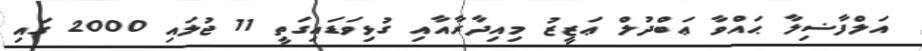
އަލްފާޟިލާ ޙައްވާ ޢަބްދުލް ޢަޒީޒު މިއިދާރާއާއި ގުޅިވަޑައިގަތީ 11 ޖުލައި 2000 ގައި